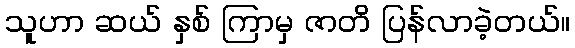
သူဟာ ဆယ် နှစ် ကြာမှ ဇာတိ ပြန်လာခဲ့တယ်။